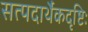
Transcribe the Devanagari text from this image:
सत्पदार्थैकदृष्टिः